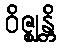
ဝိဇ္ဈန္တိ